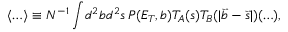
\langle \ldots \rangle \equiv N ^ { - 1 } \int \! d ^ { 2 } b d ^ { 2 } s \, P ( E _ { T } , b ) T _ { A } ( s ) T _ { B } ( | \vec { b } - \vec { s } | ) ( \ldots ) ,